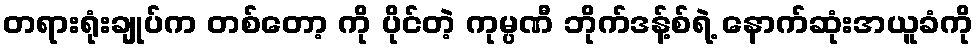
တရားရုံးချုပ်က တစ်တော့ ကို ပိုင်တဲ့ ကုမ္ပဏီ ဘိုက်ဒန့်စ်ရဲ့ နောက်ဆုံးအယူခံကို